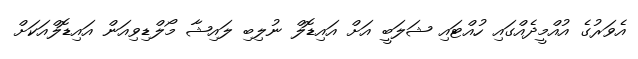
އެވަރުގެ އުއްމީދެއްގައި ހުއްޓައި ޝަލަބީ އަށް އައިޑޮލް ނުލިބި ލައިޝާ މޯލްޑިވިއަން އައިޑޮލްއަކަށް